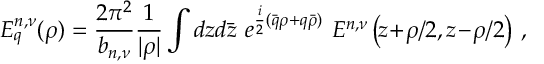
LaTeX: E _ { q } ^ { n , \nu } ( \rho ) = \frac { 2 \pi ^ { 2 } } { b _ { n , \nu } } \frac { 1 } { \vert \rho \vert } \int { d z d \bar { z } \ e ^ { \frac { i } { 2 } ( \bar { q } \rho + q \bar { \rho } ) } \ E ^ { n , \nu } \left( \! z \! + \! \rho / 2 , z \! - \! \rho / 2 \right) } \ ,